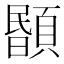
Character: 𩔉